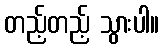
တည့်တည့် သွားပါ။